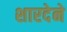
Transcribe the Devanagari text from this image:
शारदेने